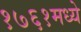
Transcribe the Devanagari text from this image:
१७६१मध्ये